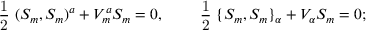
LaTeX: \mathrm { ~ \frac { 1 } { 2 } ~ } ( S _ { m } , S _ { m } ) ^ { a } + V _ { m } ^ { a } S _ { m } = 0 , \qquad \mathrm { ~ \frac { 1 } { 2 } ~ } \{ S _ { m } , S _ { m } \} _ { \alpha } + V _ { \alpha } S _ { m } = 0 ;